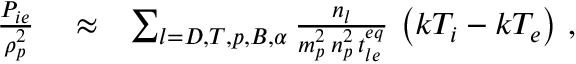
\begin{array} { r l r } { \frac { P _ { i e } } { \rho _ { p } ^ { 2 } } } & { { } \approx } & { \sum _ { l = D , T , p , B , \alpha } \frac { n _ { l } } { m _ { p } ^ { 2 } \, n _ { p } ^ { 2 } \, t _ { l e } ^ { e q } } \, \left( k T _ { i } - k T _ { e } \right) \, , } \end{array}